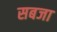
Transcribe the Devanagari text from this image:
सबजा